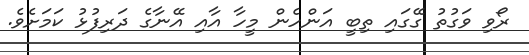
ރޯވި ވަގުތު ގޭގައި ތިބީ އަންހެން މީހާ އާއި އޭނާގެ ދަރިފުޅު ކަމަށެވެ.